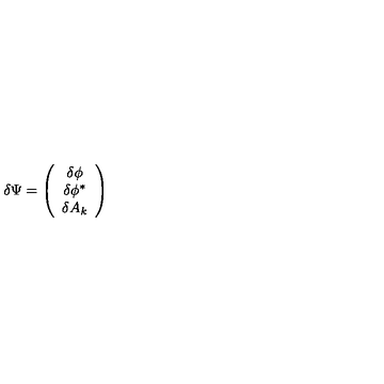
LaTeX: \delta \Psi = \left( \begin{array} { c } { \delta \phi } \\ { \delta \phi ^ { \ast } } \\ { \delta A _ { k } } \\ \end{array} \right)